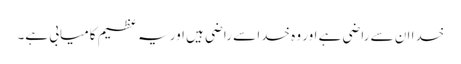
خدا ان سے راضی ہے اور وہ خدا سے راضی ہیں اور یہ عظیم کامیابی ہے۔